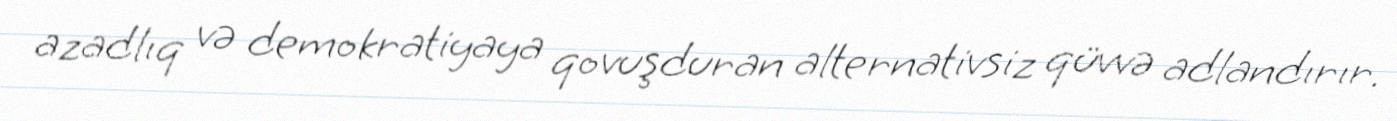
azadlıq və demokratiyaya qovuşduran alternativsiz qüvvə adlandırır.